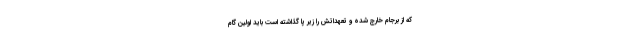
که از برجام خارج شده و تعهداتش را زیر پا گذاشته است باید اولین گام